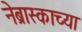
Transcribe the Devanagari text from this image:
नेब्रास्काच्या